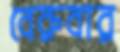
বেরুবার